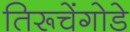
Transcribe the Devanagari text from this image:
तिरूचेंगोडे